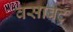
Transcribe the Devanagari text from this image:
वसाबट